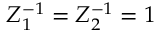
Z _ { 1 } ^ { - 1 } = Z _ { 2 } ^ { - 1 } = 1